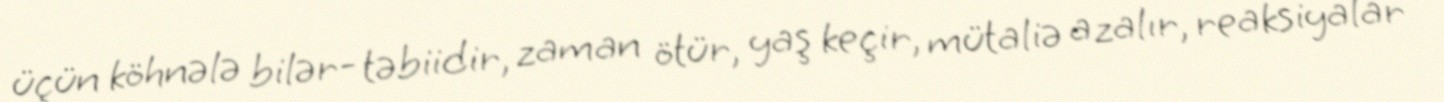
üçün köhnələ bilər- təbiidir, zaman ötür, yaş keçir, mütaliə azalır, reaksiyalar